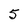
Character: 5